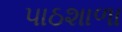
પાઠશાળા